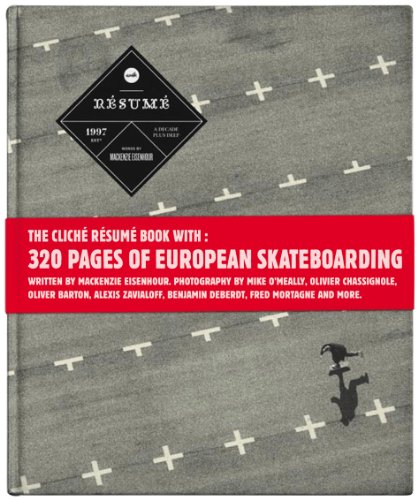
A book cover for Cliche: Resume: a Decade of Skateboarding in Europe; Mackenzie Eisenhour; Sports & Outdoors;